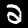
Label: 2